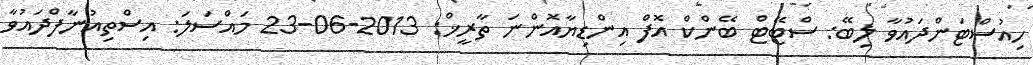
ހިއުސްޓަންދައުވާ ލިބޭ: ސްޓޭޓް ބޭންކް އޮފް އިންޑިޔާއޮންނަ ތާރީޚް: 2013-06-23 މައްސަލަ: އިސްތިއުނާފްދައުވާ